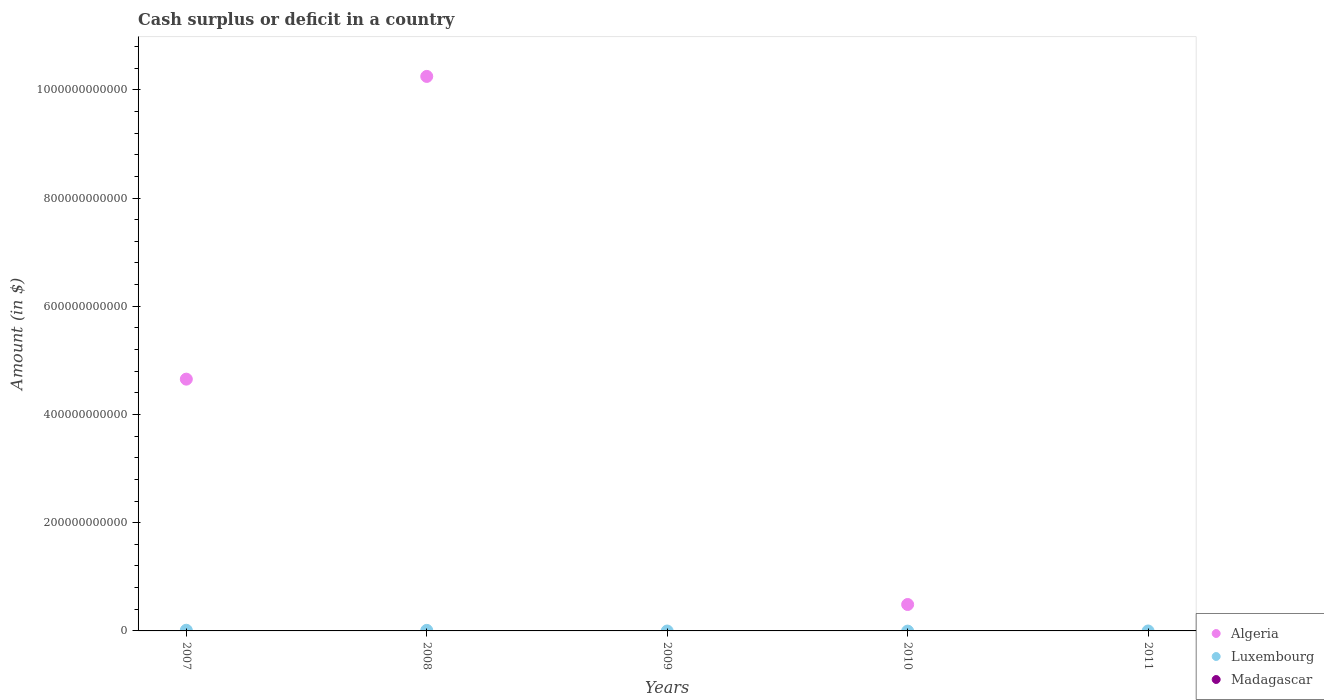
| Years | Algeria | Luxembourg | Madagascar |
 | --- | --- | --- | --- |
 | 2007 | 4.65e+11 | 1.24e+09 | -3.67e+11 |
 | 2008 | 1.02e+12 | 1.02e+09 | -3.1e+11 |
 | 2009 | -4.48e+11 | -1.88e+08 | -4.25e+11 |
 | 2010 | 4.88e+10 | -3.71e+08 | -1.57e+11 |
 | 2011 | -4.13e+10 | -9.94e+07 | -3.36e+11 |